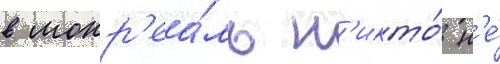
в монр'еа́ль н'икто́ н'е́